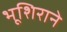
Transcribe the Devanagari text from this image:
भूशिराने